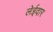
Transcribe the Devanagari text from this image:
लेईदार